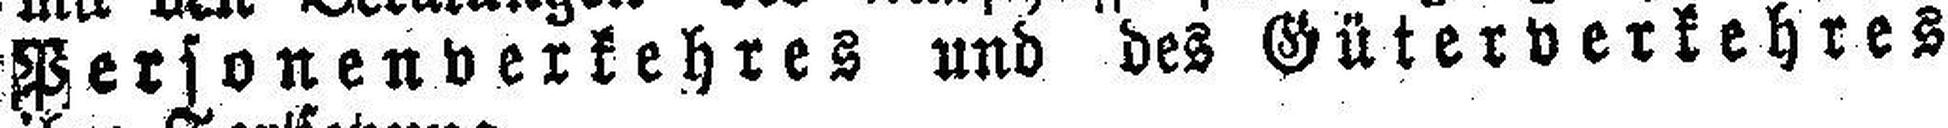
Personenverkehres und des Güterverkehres